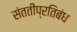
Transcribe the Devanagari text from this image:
संततीप्रतिबंध